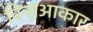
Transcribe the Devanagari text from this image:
विनाआकार